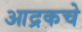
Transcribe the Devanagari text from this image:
आद्रकचे